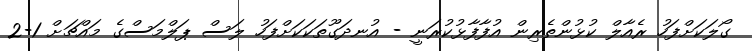
ގޯލަކަށްފަހު ރެއާލް ކުޅުންތެރިން އުފާފާޅުކުރަނީ - އުނދަގޫތަކަކަށްފަހު ލަސް ޕަލްމަސްގެ މައްޗަށް 1-2